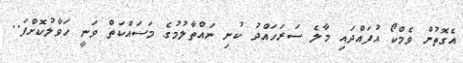
އެގޮތުން ވެމްކޯ އުފައްދައި މާލެ ސަރަހައްދު ކުނި ނައްތާލުމުގެ މަސައްކަތް ވަނީ ހަވާލުކޮށްފަ..